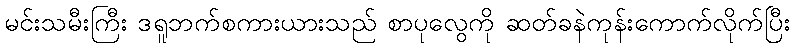
မင်းသမီးကြီး ဒရူဘက်စကားယားသည် စာပုလွေကို ဆတ်ခနဲကုန်းကောက်လိုက်ပြီး